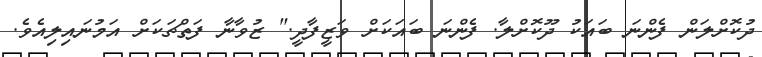
ދުކޮށްލަން ފެންނަ ބައަކު ދޫކޮށްލާ. ފެންނަ ބައަކަށް ވަޒީފާދީ." ޒުވާނާ ފަތްޗަކަށް އަމުނައިލިއެވެ.